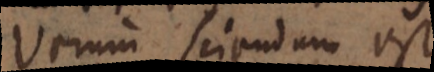
Verum sciendum est